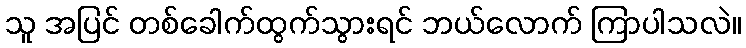
သူ အပြင် တစ်ခေါက်ထွက်သွားရင် ဘယ်လောက် ကြာပါသလဲ။